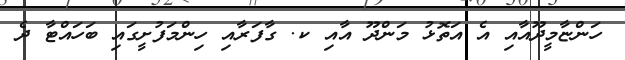
ހަންޏާމީދޫއާއި އެ އަތޮޅު މަންދޫ އާއި ކ. ގާފަރާއި ހިންމަފުށީގައި ބަހައްޓާ ދެ